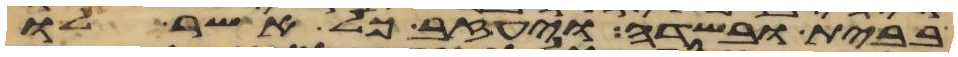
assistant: בבית ובשדה ויעזב כל אשר לו